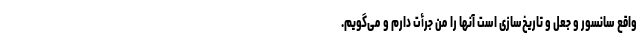
واقع سانسور و جعل و تاریخ‌سازی است آنها را من جرأت دارم و می‌گویم.